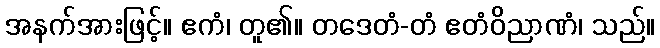
အနက်အားဖြင့်။ ဧကံ၊ တူ၏။ တဒေတံ-တံ ဧတံဝိညာဏံ၊ သည်။